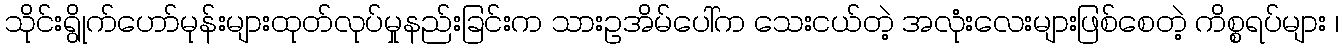
သိုင်းရွိုက်ဟော်မုန်းများထုတ်လုပ်မှုနည်းခြင်းက သားဥအိမ်ပေါ်က သေးငယ်တဲ့ အလုံးလေးများဖြစ်စေတဲ့ ကိစ္စရပ်များ ၊